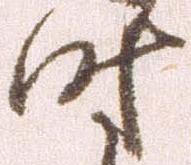
時